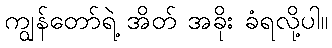
ကျွန်တော်ရဲ့ အိတ် အခိုး ခံရလို့ပါ။